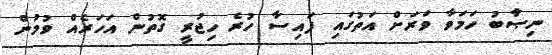
ނިޞާބު ހަމަވާ ވަރަށް އަތުގައި ފައިސާ ހުރެ ހިޖުރީ ގޮތުން އަހަރެއް ވުމުން